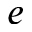
e